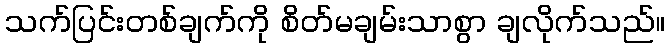
သက်ပြင်းတစ်ချက်ကို စိတ်မချမ်းသာစွာ ချလိုက်သည်။